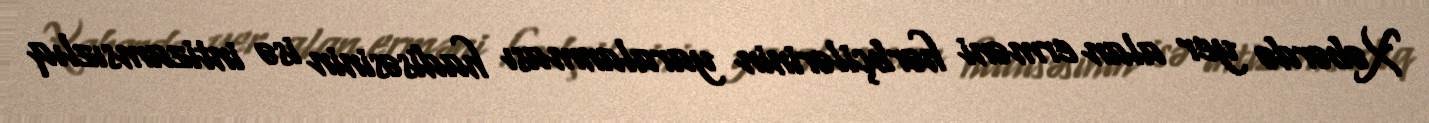
Xəbərdə yer alan erməni hərbçilərinin yaralanması hadisəsinin isə intizamsızlıq